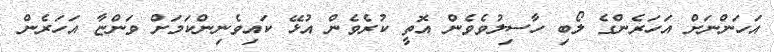
އަހަންނަށް އަހަރެންގެ ލޯބި ހާސިލުވެވެން އޮތީ ކުރެވެން އުޅޭ ކައިވެނިންކަމަށް ވަންޏާ އަހަރެން